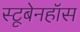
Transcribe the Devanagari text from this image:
स्टूबेनहॉस